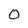
Character: 0